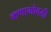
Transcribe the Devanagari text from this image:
कणाभोवती